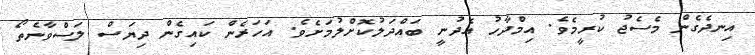
އިނދެގެން މެސެޖު ކުރީމެވެ. އިމްދާހު އެދުނީ ބައްދަލުކޮށްލުމަށެވެ. އަހަރެން ކައިގެން ދިޔަސް ލަސްވާނެތޯ